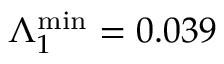
\Lambda _ { 1 } ^ { \mathrm { m i n } } = 0 . 0 3 9